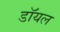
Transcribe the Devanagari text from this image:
डाॅयल